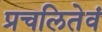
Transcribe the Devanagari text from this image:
प्रचलितेवं